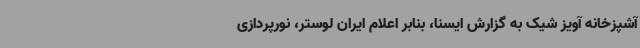
آشپزخانه آویز شیک به گزارش ایسنا، بنابر اعلام ایران لوستر، نورپردازی